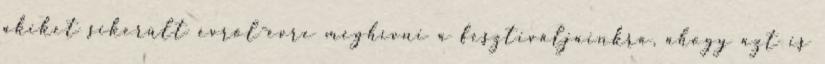
akiket sikerült évről-évre meghívni a fesztiváljainkra, ahogy azt is